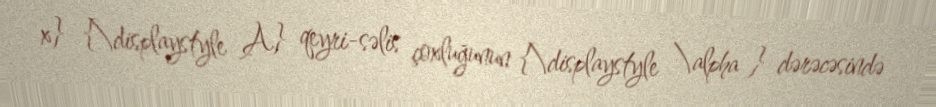
x} {\displaystyle A} qeyri-səlis çoxluğunun {\displaystyle \alpha } dərəcəsində